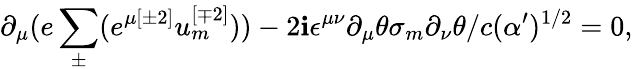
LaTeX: \partial_{\mu}(e\sum_{\pm}^{}(e^{\mu{[\pm2]}}u_{{m}}^{{[\mp2]}}))-2\mathbf{i}\epsilon^{\mu\nu}\partial_{\mu}\theta\sigma_{{m}}\partial_{\nu}\theta/c(\alpha^{\prime})^{{1/2}}=0,